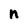
Character: n